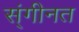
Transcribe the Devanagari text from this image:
स्ंगीनत